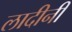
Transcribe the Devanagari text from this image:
लादीनी